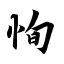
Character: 恂